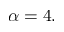
\alpha = 4 .